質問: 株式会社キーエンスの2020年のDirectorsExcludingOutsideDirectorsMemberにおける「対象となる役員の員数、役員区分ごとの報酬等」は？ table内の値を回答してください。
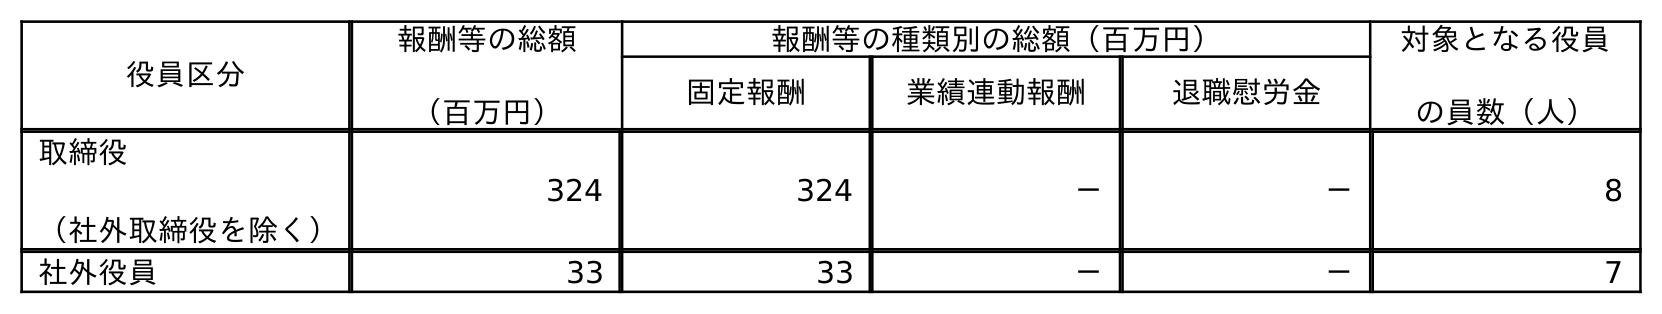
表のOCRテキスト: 役員区分 報酬等の総額 （百万円） 報酬等の種類別の総額（百万円） 対象となる役員 の員数（人） 固定報酬 業績連動報酬 退職慰労金 取締役 （社外取締役を除く） 324 324 － － 8 社外役員 33 33 － － 7
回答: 8